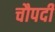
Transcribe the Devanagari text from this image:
चौपदी